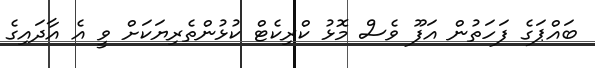
ބައްޕަގެ ފަހަތުން އަފޫ ވެސް މޮޅު ކްރިކެޓް ކުޅުންތެރިޔަކަށް ވީ އެ އާދައިގެ